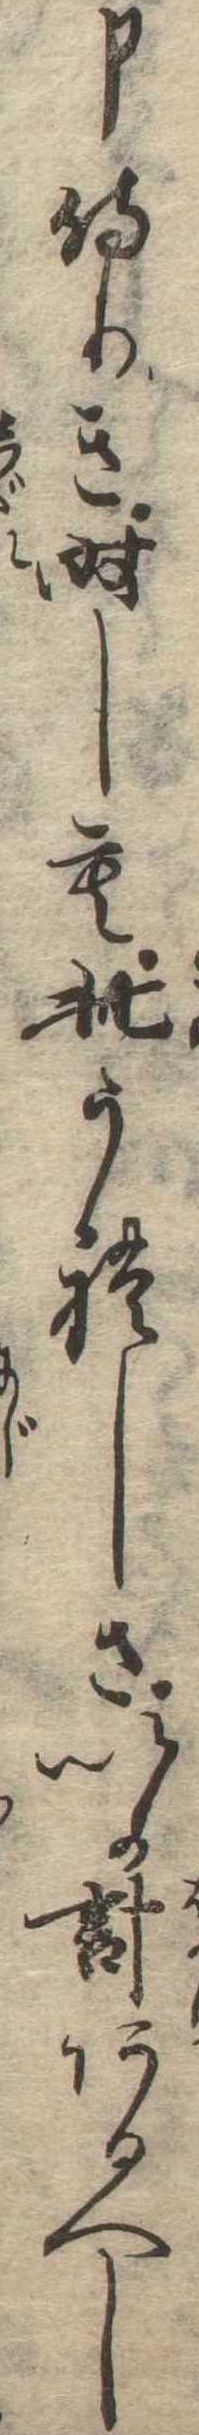
申侍りき時しも此うれしさいか計あるへし